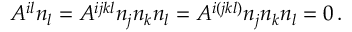
{ \cal A } ^ { i l } n _ { l } = A ^ { i j k l } n _ { j } n _ { k } n _ { l } = A ^ { i ( j k l ) } n _ { j } n _ { k } n _ { l } = 0 \, .